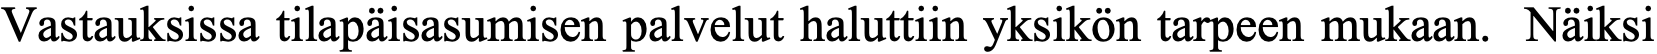
Vastauksissa tilapäisasumisen palvelut haluttiin yksikön tarpeen mukaan. Näiksi